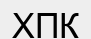
ХПК